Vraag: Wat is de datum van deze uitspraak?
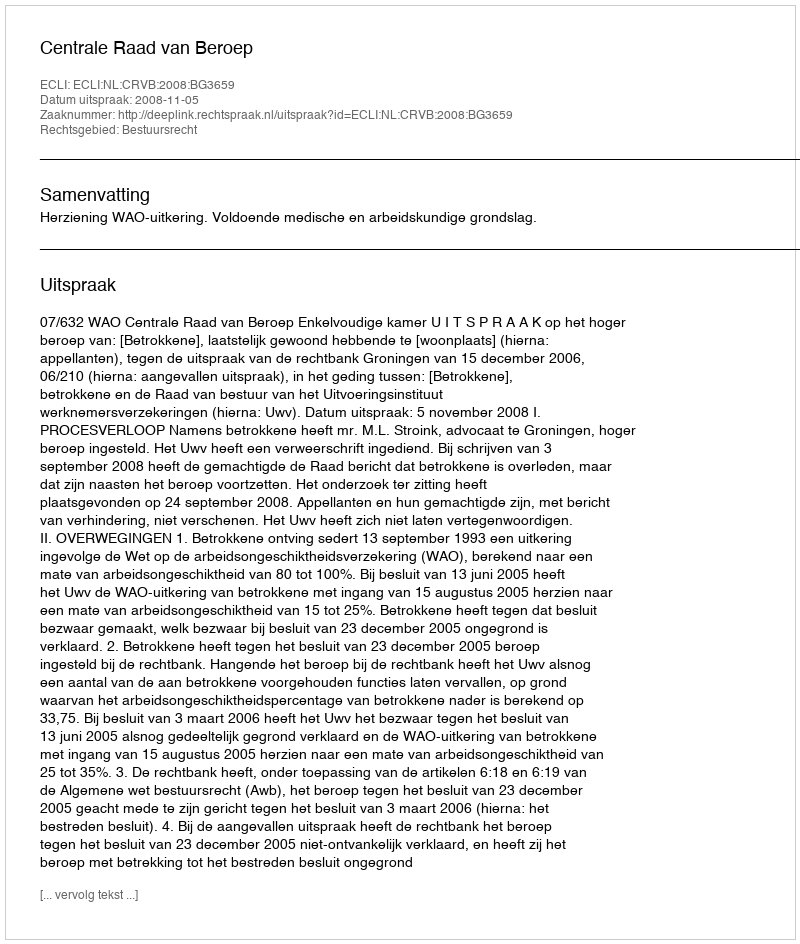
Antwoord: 2008-11-05